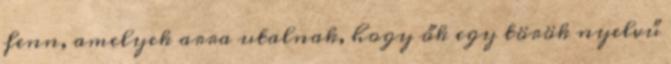
fenn, amelyek arra utalnak, hogy ők egy török nyelvű